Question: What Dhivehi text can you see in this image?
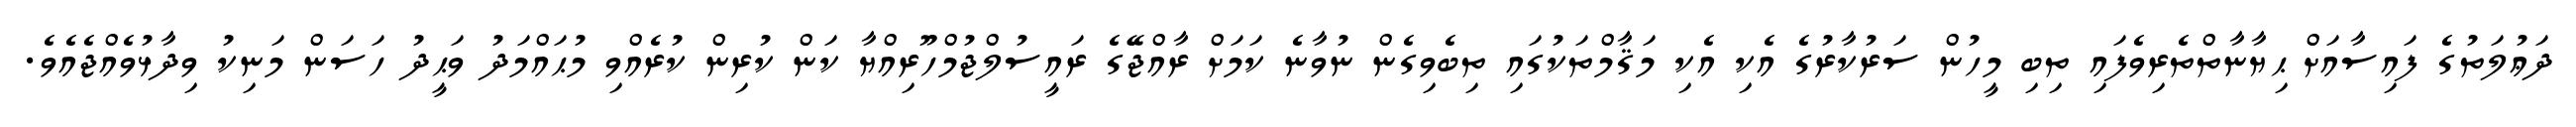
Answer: ދަޢުލަތުގެ ފައިސާއަށް ޙިޔާނާތްތެރިވެފައި ތިބި މީހުން ސަރުކާރުގެ އެކި އެކި މަޤާމްތަކުގައި ތިބެވިގެން ނުވާނެ ކަމަށް ރާއްޖޭގެ ރައީސުލްޖުމްހޫރިއްޔާ ކަން ކުރިން ކުރެއްވި މުޙައްމަދު ވަޙީދު ހަސަން މަނިކު ވިދާޅުވެއްޖެއެވެ.